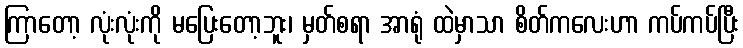
ကြာတော့ လုံးလုံးကို မပြေးတော့ဘူး၊ မှတ်စရာ အာရုံ ထဲမှာသာ စိတ်ကလေးဟာ ကပ်ကပ်ပြီး